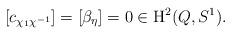
LaTeX: \begin{align*}\left[c_{\chi_1 \chi^{-1}}\right] = \left[\beta_\eta\right] = 0 \in \mathrm{H}^2(Q,S^1).\end{align*}